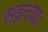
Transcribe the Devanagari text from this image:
सङ्गत्याः